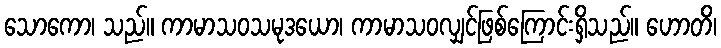
သောကော၊ သည်။ ကာမာသဝသမုဒယော၊ ကာမာသဝလျှင်ဖြစ်ကြောင်းရှိသည်။ ဟောတိ၊